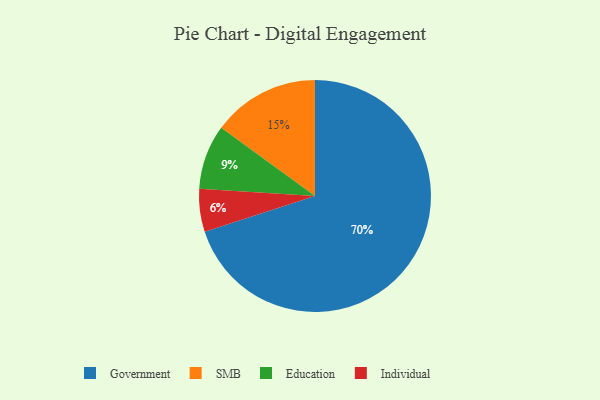
{"axis": {"x": "Category", "y": "Percentage"}, "legend": ["Education", "Government", "Individual", "SMB"], "data": [{"x": "Education", "y": 9, "type": "Education"}, {"x": "Government", "y": 70, "type": "Government"}, {"x": "Individual", "y": 6, "type": "Individual"}, {"x": "SMB", "y": 15, "type": "SMB"}]}